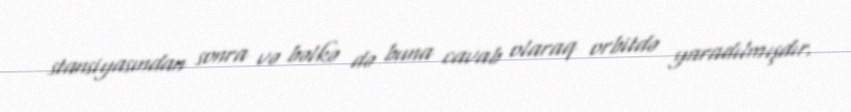
stansiyasından sonra və bəlkə də buna cavab olaraq orbitdə yaradılmışdır.